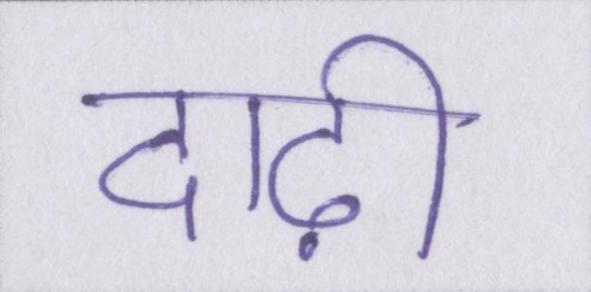
दाढ़ी